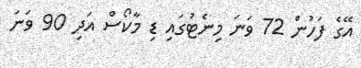
އޭގެ ފަހުން 72 ވަނަ މިނެޓުގައި ޑި މާކޯސް އަދި 90 ވަނަ